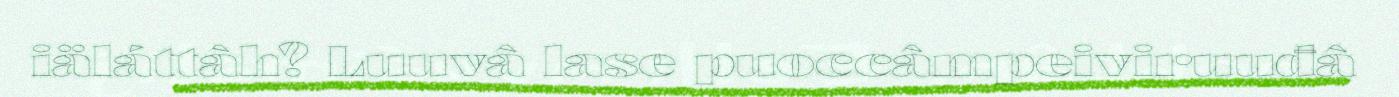
iäláttâh? Luuvâ lase puoccâmpeiviruuđâ